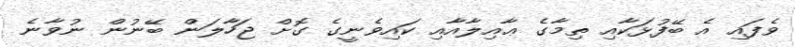
ވެފައި އެ ބޭފުޅަކާއި ތިމާގެ ޢާއިލާއާއި ކައިވެނީގެ ގޮށް ޖަހާލަން ބޭނުން ނުވާނެ